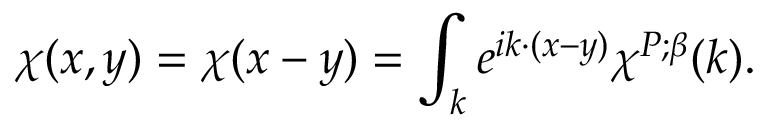
\chi ( x , y ) = \chi ( x - y ) = \int _ { k } e ^ { i k \cdot ( x - y ) } \chi ^ { P ; \beta } ( k ) .